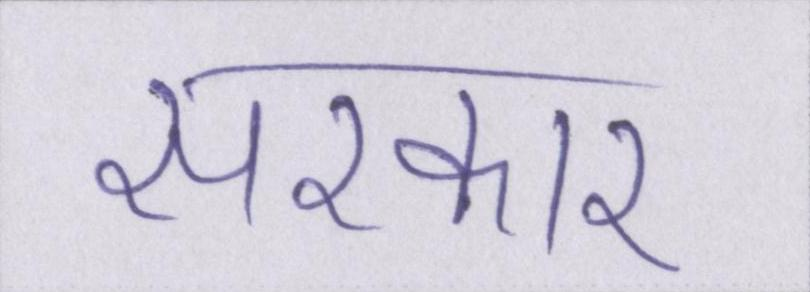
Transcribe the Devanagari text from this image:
सरकार